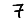
Digit: 7